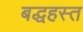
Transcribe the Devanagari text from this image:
बद्धहस्त